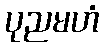
ပုညမဟံ